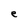
Character: e